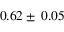
0 . 6 2 \pm \: 0 . 0 5